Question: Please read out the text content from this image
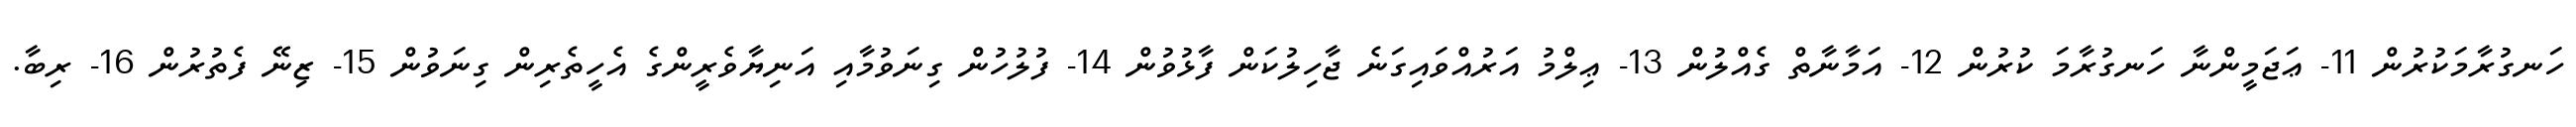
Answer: ހަނގުރާމަކުރުން 11- ޢަޖަމީންނާ ހަނގުރާމަ ކުރުން 12- އަމާނާތް ގެއްލުން 13- ޢިލްމު އަރުއްވައިގަނެ ޖާހިލުކަން ފާޅުވުން 14- ފުލުހުން ގިނަވުމާއި އަނިޔާވެރީންގެ އެހީތެރިން ގިނަވުން 15- ޒިނޭ ފެތުރުން 16- ރިބާ.